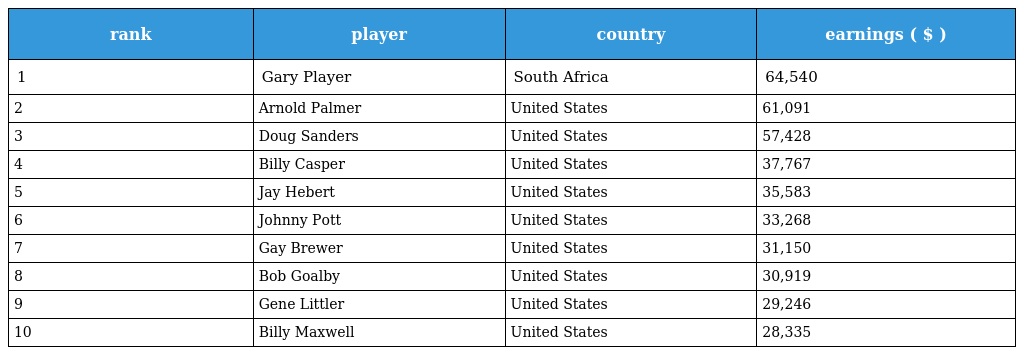
| rank | player | country | earnings ( $ ) |
 | --- | --- | --- | --- |
 | 1 | Gary Player | South Africa | 64,540 |
 | 2 | Arnold Palmer | United States | 61,091 |
 | 3 | Doug Sanders | United States | 57,428 |
 | 4 | Billy Casper | United States | 37,767 |
 | 5 | Jay Hebert | United States | 35,583 |
 | 6 | Johnny Pott | United States | 33,268 |
 | 7 | Gay Brewer | United States | 31,150 |
 | 8 | Bob Goalby | United States | 30,919 |
 | 9 | Gene Littler | United States | 29,246 |
 | 10 | Billy Maxwell | United States | 28,335 |